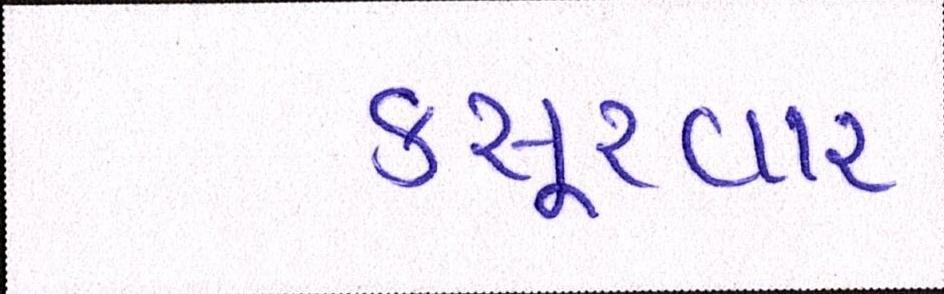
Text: કસૂરવાર